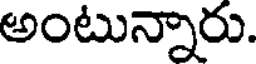
అంటున్నారు.